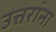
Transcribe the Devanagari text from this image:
उत्तरांना